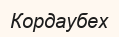
Кордаубех